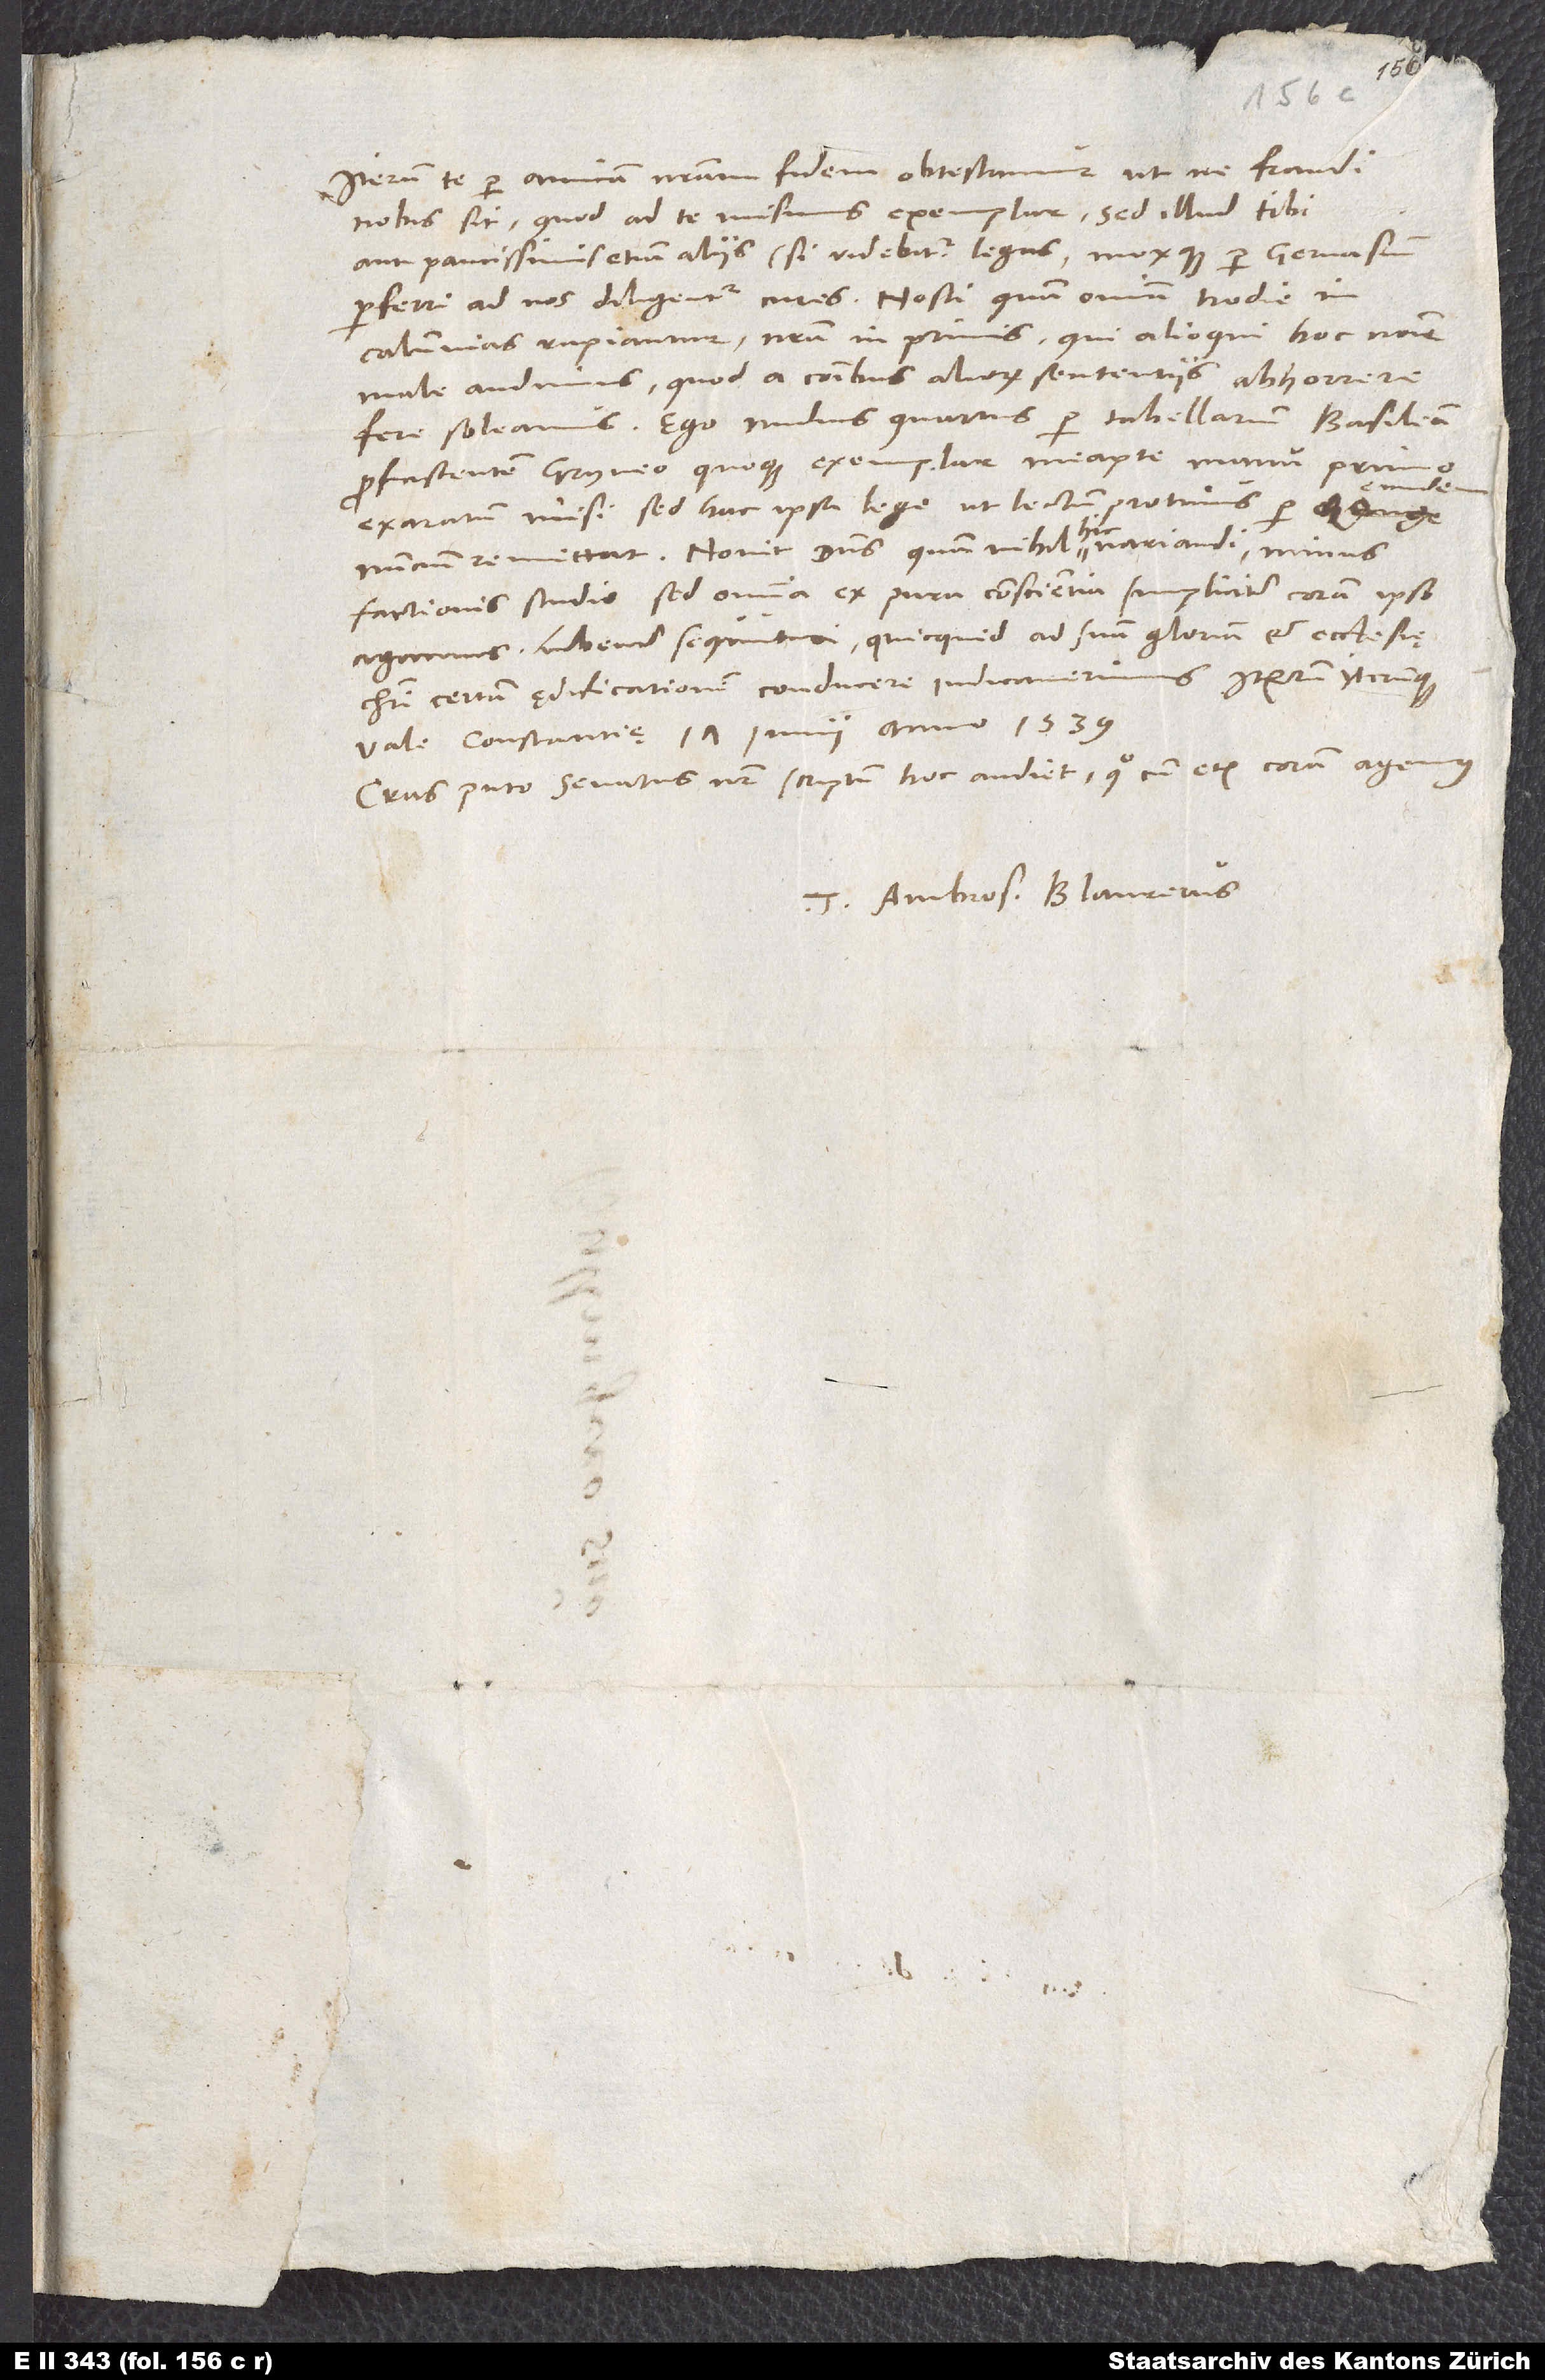
Iterum te per amicam nostram fidem obtestamur, ut ne fraudi
nobis sit, quod ad te misimus exemplar, sed illud tibi
aut paucissimis etiam aliis (si videbitur) legas moxque per Gervasium
calumnias rapiantur, nostra inprimis, qui alioqui hoc nomine
male audimus, quod a communibus aliorum sententiis abhorrere
fere soleamus. Ego nudius quartus per tabellarium Basileam
proficiscentem Gryneo quoque exemplar meapte manu primo
exaratum misi, sed hac ipsa lege, ut lectum protinus per eundem
nuncium remittat. Novit dominus, quam nihil hic variandi, minus
factionis studio, sed omnia ex pura conscientia simpliciter coram ipso
agamus lubenter sequuturi, quicquid ad suam gloriam et ecclesię
Christi certam ędificationem conducere iudicaverimus.
Constantię, 17. iunii anno 1539.
Cras, puto, senatus noster scriptum hoc audiet, quocum etiam coram agemus.
Tuus Ambros. Blaurerus.